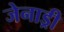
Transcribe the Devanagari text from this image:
जेनाड्री